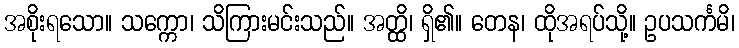
အစိုးရသော။ သက္ကော၊ သိကြားမင်းသည်။ အတ္ထိ၊ ရှိ၏။ တေန၊ ထိုအရပ်သို့။ ဥပသင်္ကမိ၊